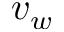
v _ { w }